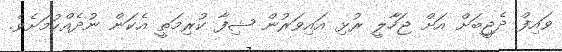
ވައިފް ދެޖީބަށް އަށް ޖަހާލީ ރުޅި އައިވަރުން ޝިފާ ކުރިމަތީ އެކަން ނުދެއްކުމަށެވެ.